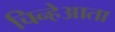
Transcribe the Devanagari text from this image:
चिन्हेआता